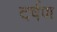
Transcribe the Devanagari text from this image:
दर्षण